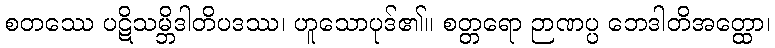
စတဿေ ပဋိသမ္ဘိဒါတိပဒဿ၊ ဟူသောပုဒ်၏။ စတ္တရော ဉာဏပ္ပ ဘေဒါတိအတ္ထော၊